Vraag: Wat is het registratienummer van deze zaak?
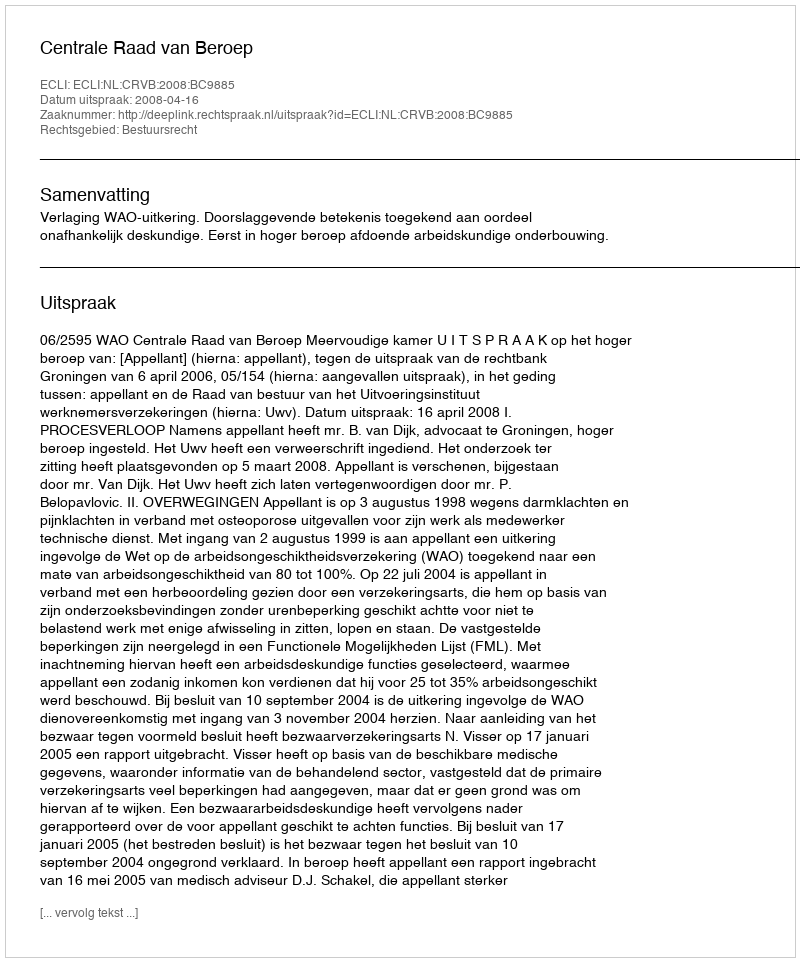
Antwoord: http://deeplink.rechtspraak.nl/uitspraak?id=ECLI:NL:CRVB:2008:BC9885